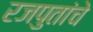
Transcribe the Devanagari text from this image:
रजपुतांचे